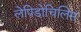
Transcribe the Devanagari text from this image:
लेपिडोचिलिस